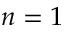
n = 1